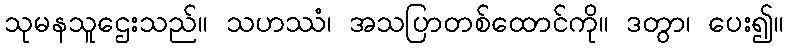
သုမနသူဌေးသည်။ သဟဿံ၊ အသပြာတစ်ထောင်ကို။ ဒတွာ၊ ပေး၍။